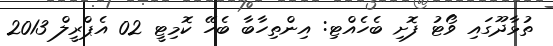
ތުޅާދޫގައި ވޯޓު ފޮށި ބެހެއްޓި: އިންތިހާބާ ބެހޭ ކޮމިޓީ 02 އެޕްރީލް 2013